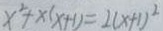
x ^ { 2 } + x ( x + 1 ) = 2 ( x + 1 ) ^ { 2 }